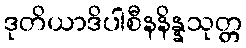
ဒုတိယာဒိပါစီနနိန္နသုတ္တ